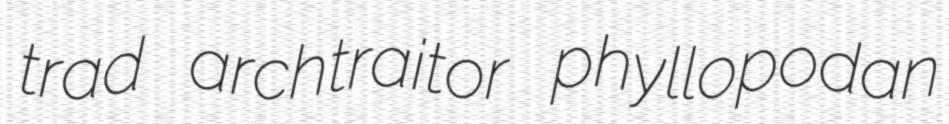
trad archtraitor phyllopodan